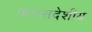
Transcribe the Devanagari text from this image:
फारसदेशीय